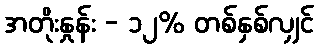
အတိုးနှုန်း - ၁၂% တစ်နှစ်လျှင်